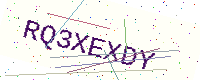
Text: RQ3XEXDY